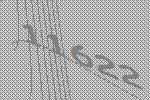
11622